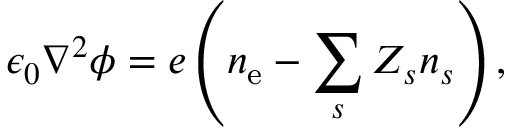
\epsilon _ { 0 } \nabla ^ { 2 } \phi = e \left( n _ { \mathrm { e } } - \sum _ { s } { Z _ { s } n _ { s } } \right) ,